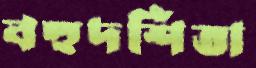
বহুদর্শিতা